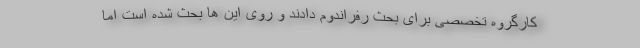
کارگروه تخصصی برای بحث رفراندوم دادند و روی این ها بحث شده است اما